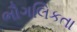
ભૌગલિકતા